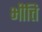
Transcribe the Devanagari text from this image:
भीत्ति